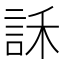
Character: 訸